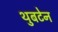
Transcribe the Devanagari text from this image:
थुबटेन